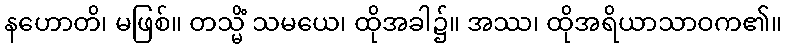
နဟောတိ၊ မဖြစ်။ တသ္မိံ သမယေ၊ ထိုအခါ၌။ အဿ၊ ထိုအရိယာသာဝက၏။